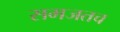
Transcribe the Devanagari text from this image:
समजतच